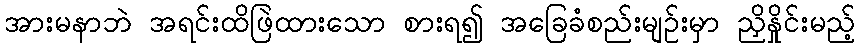
အားမနာဘဲ အရင်းထိဖြဲထားသော စားရ၍ အခြေခံစည်းမျဉ်းမှာ ညှိနှိုင်းမည့်